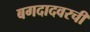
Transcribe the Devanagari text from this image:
बगदादवरची